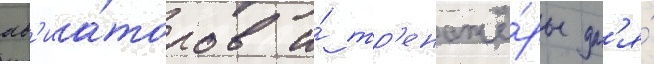
ав'иа́торов и́ тр'енажё́ры дл'я́